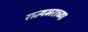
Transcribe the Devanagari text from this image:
राज्यभराच्या